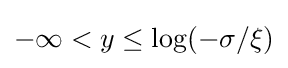
-\infty <y\leq \log(-\sigma /\xi )